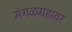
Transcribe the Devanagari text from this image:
मंगळग्रहावर